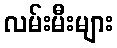
လမ်းမီးများ